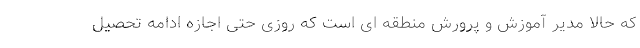
که حالا مدیر آموزش و پرورش منطقه ای است که روزی حتی اجازه ادامه تحصیل